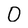
Character: 0